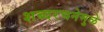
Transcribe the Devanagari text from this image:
शब्दरचनेमुळे